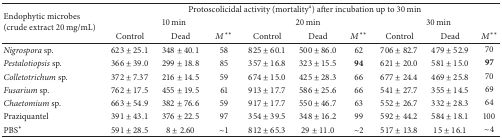
<table><thead><tr><td rowspan="3"><b>Endophytic microbes(crude extract 20 mg/mL)</b></td><td colspan="9"><b>Protoscolicidal activity (mortality<sup>a</sup>) after incubation up to 30 min</b></td></tr><tr><td colspan="3"><b>10 min</b></td><td colspan="3"><b>20 min</b></td><td colspan="3"><b>30 min</b></td></tr><tr><td><b>Control</b></td><td><b>Dead</b></td><td><b><i>M</i>**</b></td><td><b>Control</b></td><td><b>Dead</b></td><td><b><i>M</i>**</b></td><td><b>Control</b></td><td><b>Dead</b></td><td><b><i>M</i>**</b></td></tr></thead><tbody><tr><td><i>Nigrospora </i>sp.</td><td>623 ± 25.1</td><td>348 ± 40.1</td><td>58</td><td>825 ± 60.1</td><td>500 ± 86.0</td><td>62</td><td>706 ± 82.7</td><td>479 ± 52.9</td><td>70</td></tr><tr><td><i>Pestalotiopsis </i>sp.</td><td>366 ± 39.0</td><td>299 ± 18.8</td><td>85</td><td>357 ± 16.8</td><td>323 ± 15.5</td><td><b>94</b></td><td>621 ± 20.0</td><td>581 ± 15.0</td><td><b>97</b></td></tr><tr><td><i>Colletotrichum</i> sp.</td><td>372 ± 7.37</td><td>216 ± 14.5</td><td>59</td><td>674 ± 15.0</td><td>425 ± 28.3</td><td>66</td><td>677 ± 24.4</td><td>469 ± 25.8</td><td>70</td></tr><tr><td><i>Fusarium </i>sp.</td><td>762 ± 17.5</td><td>455 ± 19.5</td><td>61</td><td>913 ± 17.7</td><td>586 ± 25.6</td><td>66</td><td>541 ± 27.7</td><td>355 ± 14.5</td><td>69</td></tr><tr><td><i>Chaetomium </i>sp.</td><td>663 ± 54.9</td><td>382 ± 76.6</td><td>59</td><td>917 ± 17.7</td><td>550 ± 46.7</td><td>63</td><td>552 ± 26.7</td><td>332 ± 28.3</td><td>64</td></tr><tr><td>Praziquantel</td><td>391 ± 43.1</td><td>376 ± 22.5</td><td>97</td><td>354 ± 39.5</td><td>348 ± 16.2</td><td>99</td><td>592 ± 44.2</td><td>584 ± 18.1</td><td>100</td></tr><tr><td>PBS*</td><td>591 ± 28.5</td><td>8 ± 2.60</td><td><i>∼</i>1</td><td>812 ± 65.3</td><td>29 ± 11.0</td><td><i>∼</i>2</td><td>517 ± 13.8</td><td>15 ± 16.1</td><td><i>∼</i>4</td></tr></tbody></table>